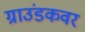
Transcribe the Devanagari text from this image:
ग्राउंडकवर